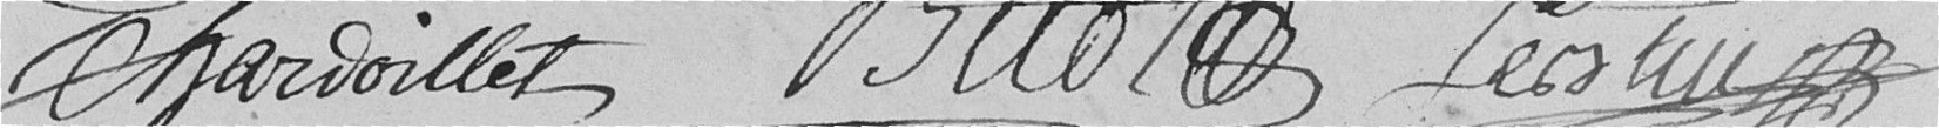
Chardoillet